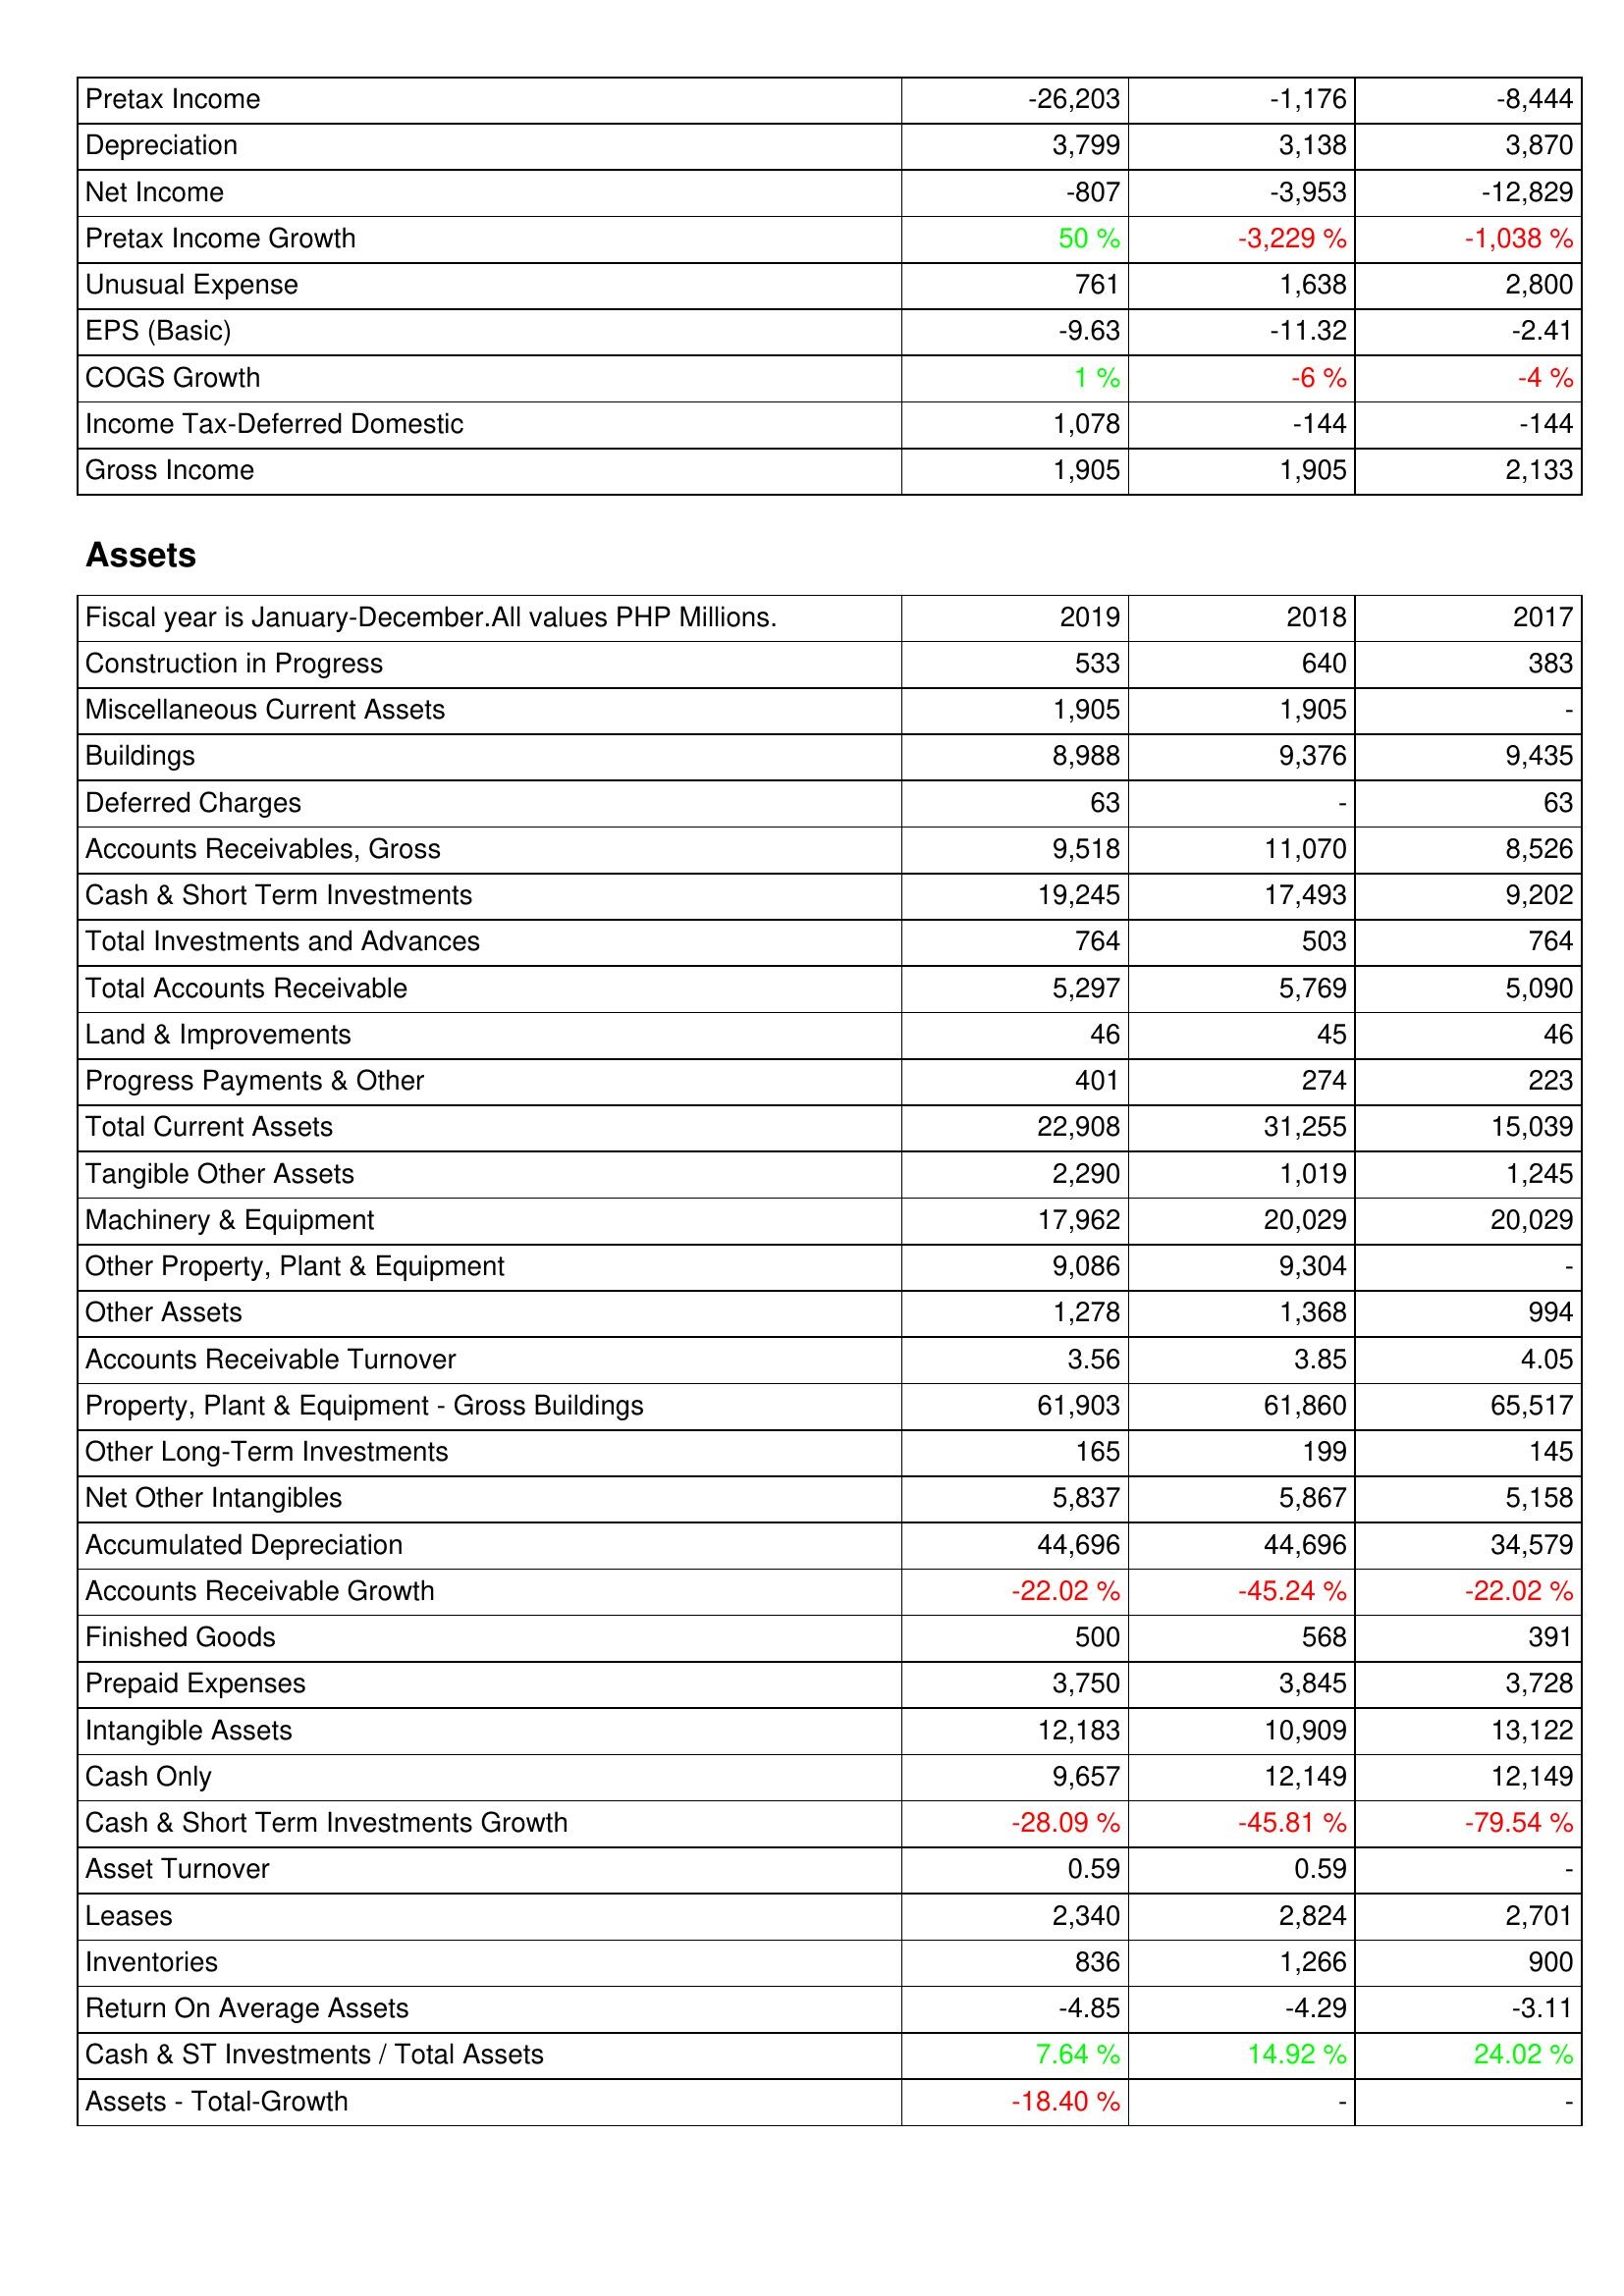
2019: Income Statement: Pretax Income: -26,203
Depreciation: 3,799
Net Income: -807
Pretax Income Growth: 50 %
Unusual Expense: 761
EPS (Basic): -9.63
COGS Growth: 1 %
Income Tax-Deferred Domestic: 1,078
Gross Income: 1,905
Assets: Construction in Progress: 533
Miscellaneous Current Assets: 1,905
Buildings: 8,988
Deferred Charges: 63
Accounts Receivables, Gross: 9,518
Cash & Short Term Investments: 19,245
Total Investments and Advances: 764
Total Accounts Receivable: 5,297
Land & Improvements: 46
Progress Payments & Other: 401
Total Current Assets: 22,908
Tangible Other Assets: 2,290
Machinery & Equipment: 17,962
Other Property, Plant & Equipment: 9,086
Other Assets: 1,278
Accounts Receivable Turnover: 3.56
Property, Plant & Equipment - Gross Buildings: 61,903
Other Long-Term Investments: 165
Net Other Intangibles: 5,837
Accumulated Depreciation: 44,696
Accounts Receivable Growth: -22.02 %
Finished Goods: 500
Prepaid Expenses: 3,750
Intangible Assets: 12,183
Cash Only: 9,657
Cash & Short Term Investments Growth: -28.09 %
Asset Turnover: 0.59
Leases: 2,340
Inventories: 836
Return On Average Assets: -4.85
Cash & ST Investments / Total Assets: 7.64 %
Assets - Total-Growth: -18.40 %
2018: Income Statement: Pretax Income: -1,176
Depreciation: 3,138
Net Income: -3,953
Pretax Income Growth: -3,229 %
Unusual Expense: 1,638
EPS (Basic): -11.32
COGS Growth: -6 %
Income Tax-Deferred Domestic: -144
Gross Income: 1,905
Assets: Construction in Progress: 640
Miscellaneous Current Assets: 1,905
Buildings: 9,376
Deferred Charges: -
Accounts Receivables, Gross: 11,070
Cash & Short Term Investments: 17,493
Total Investments and Advances: 503
Total Accounts Receivable: 5,769
Land & Improvements: 45
Progress Payments & Other: 274
Total Current Assets: 31,255
Tangible Other Assets: 1,019
Machinery & Equipment: 20,029
Other Property, Plant & Equipment: 9,304
Other Assets: 1,368
Accounts Receivable Turnover: 3.85
Property, Plant & Equipment - Gross Buildings: 61,860
Other Long-Term Investments: 199
Net Other Intangibles: 5,867
Accumulated Depreciation: 44,696
Accounts Receivable Growth: -45.24 %
Finished Goods: 568
Prepaid Expenses: 3,845
Intangible Assets: 10,909
Cash Only: 12,149
Cash & Short Term Investments Growth: -45.81 %
Asset Turnover: 0.59
Leases: 2,824
Inventories: 1,266
Return On Average Assets: -4.29
Cash & ST Investments / Total Assets: 14.92 %
Assets - Total-Growth: -
2017: Income Statement: Pretax Income: -8,444
Depreciation: 3,870
Net Income: -12,829
Pretax Income Growth: -1,038 %
Unusual Expense: 2,800
EPS (Basic): -2.41
COGS Growth: -4 %
Income Tax-Deferred Domestic: -144
Gross Income: 2,133
Assets: Construction in Progress: 383
Miscellaneous Current Assets: -
Buildings: 9,435
Deferred Charges: 63
Accounts Receivables, Gross: 8,526
Cash & Short Term Investments: 9,202
Total Investments and Advances: 764
Total Accounts Receivable: 5,090
Land & Improvements: 46
Progress Payments & Other: 223
Total Current Assets: 15,039
Tangible Other Assets: 1,245
Machinery & Equipment: 20,029
Other Property, Plant & Equipment: -
Other Assets: 994
Accounts Receivable Turnover: 4.05
Property, Plant & Equipment - Gross Buildings: 65,517
Other Long-Term Investments: 145
Net Other Intangibles: 5,158
Accumulated Depreciation: 34,579
Accounts Receivable Growth: -22.02 %
Finished Goods: 391
Prepaid Expenses: 3,728
Intangible Assets: 13,122
Cash Only: 12,149
Cash & Short Term Investments Growth: -79.54 %
Asset Turnover: -
Leases: 2,701
Inventories: 900
Return On Average Assets: -3.11
Cash & ST Investments / Total Assets: 24.02 %
Assets - Total-Growth: -